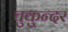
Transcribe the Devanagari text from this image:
चुकुन्दर